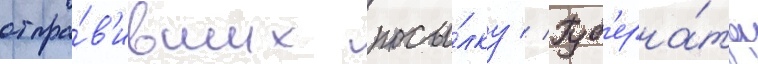
отпра́в'ивших посы́лку // Губ'ерна́тор